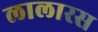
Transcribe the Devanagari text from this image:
लालारस